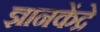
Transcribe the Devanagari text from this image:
ज्ञानकेंद्रे